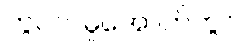
ကွပ်ကဲမှုအောက်တွင်